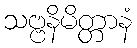
သဗ္ဗနိမိတ္တာနံ